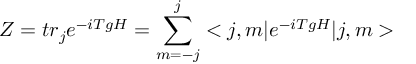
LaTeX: Z = t r _ { j } e ^ { - i T g H } = \sum _ { m = - j } ^ { j } < j , m | e ^ { - i T g H } | j , m >